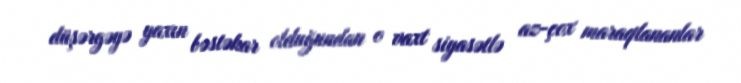
düşərgəyə yaxın bəstəkar olduğundan o vaxt siyasətlə az-çox maraqlananlar